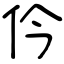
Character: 仱